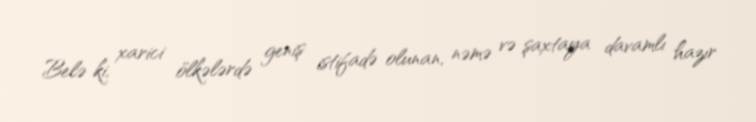
Belə ki, xarici ölkələrdə geniş istifadə olunan, nəmə və şaxtaya davamlı hazır